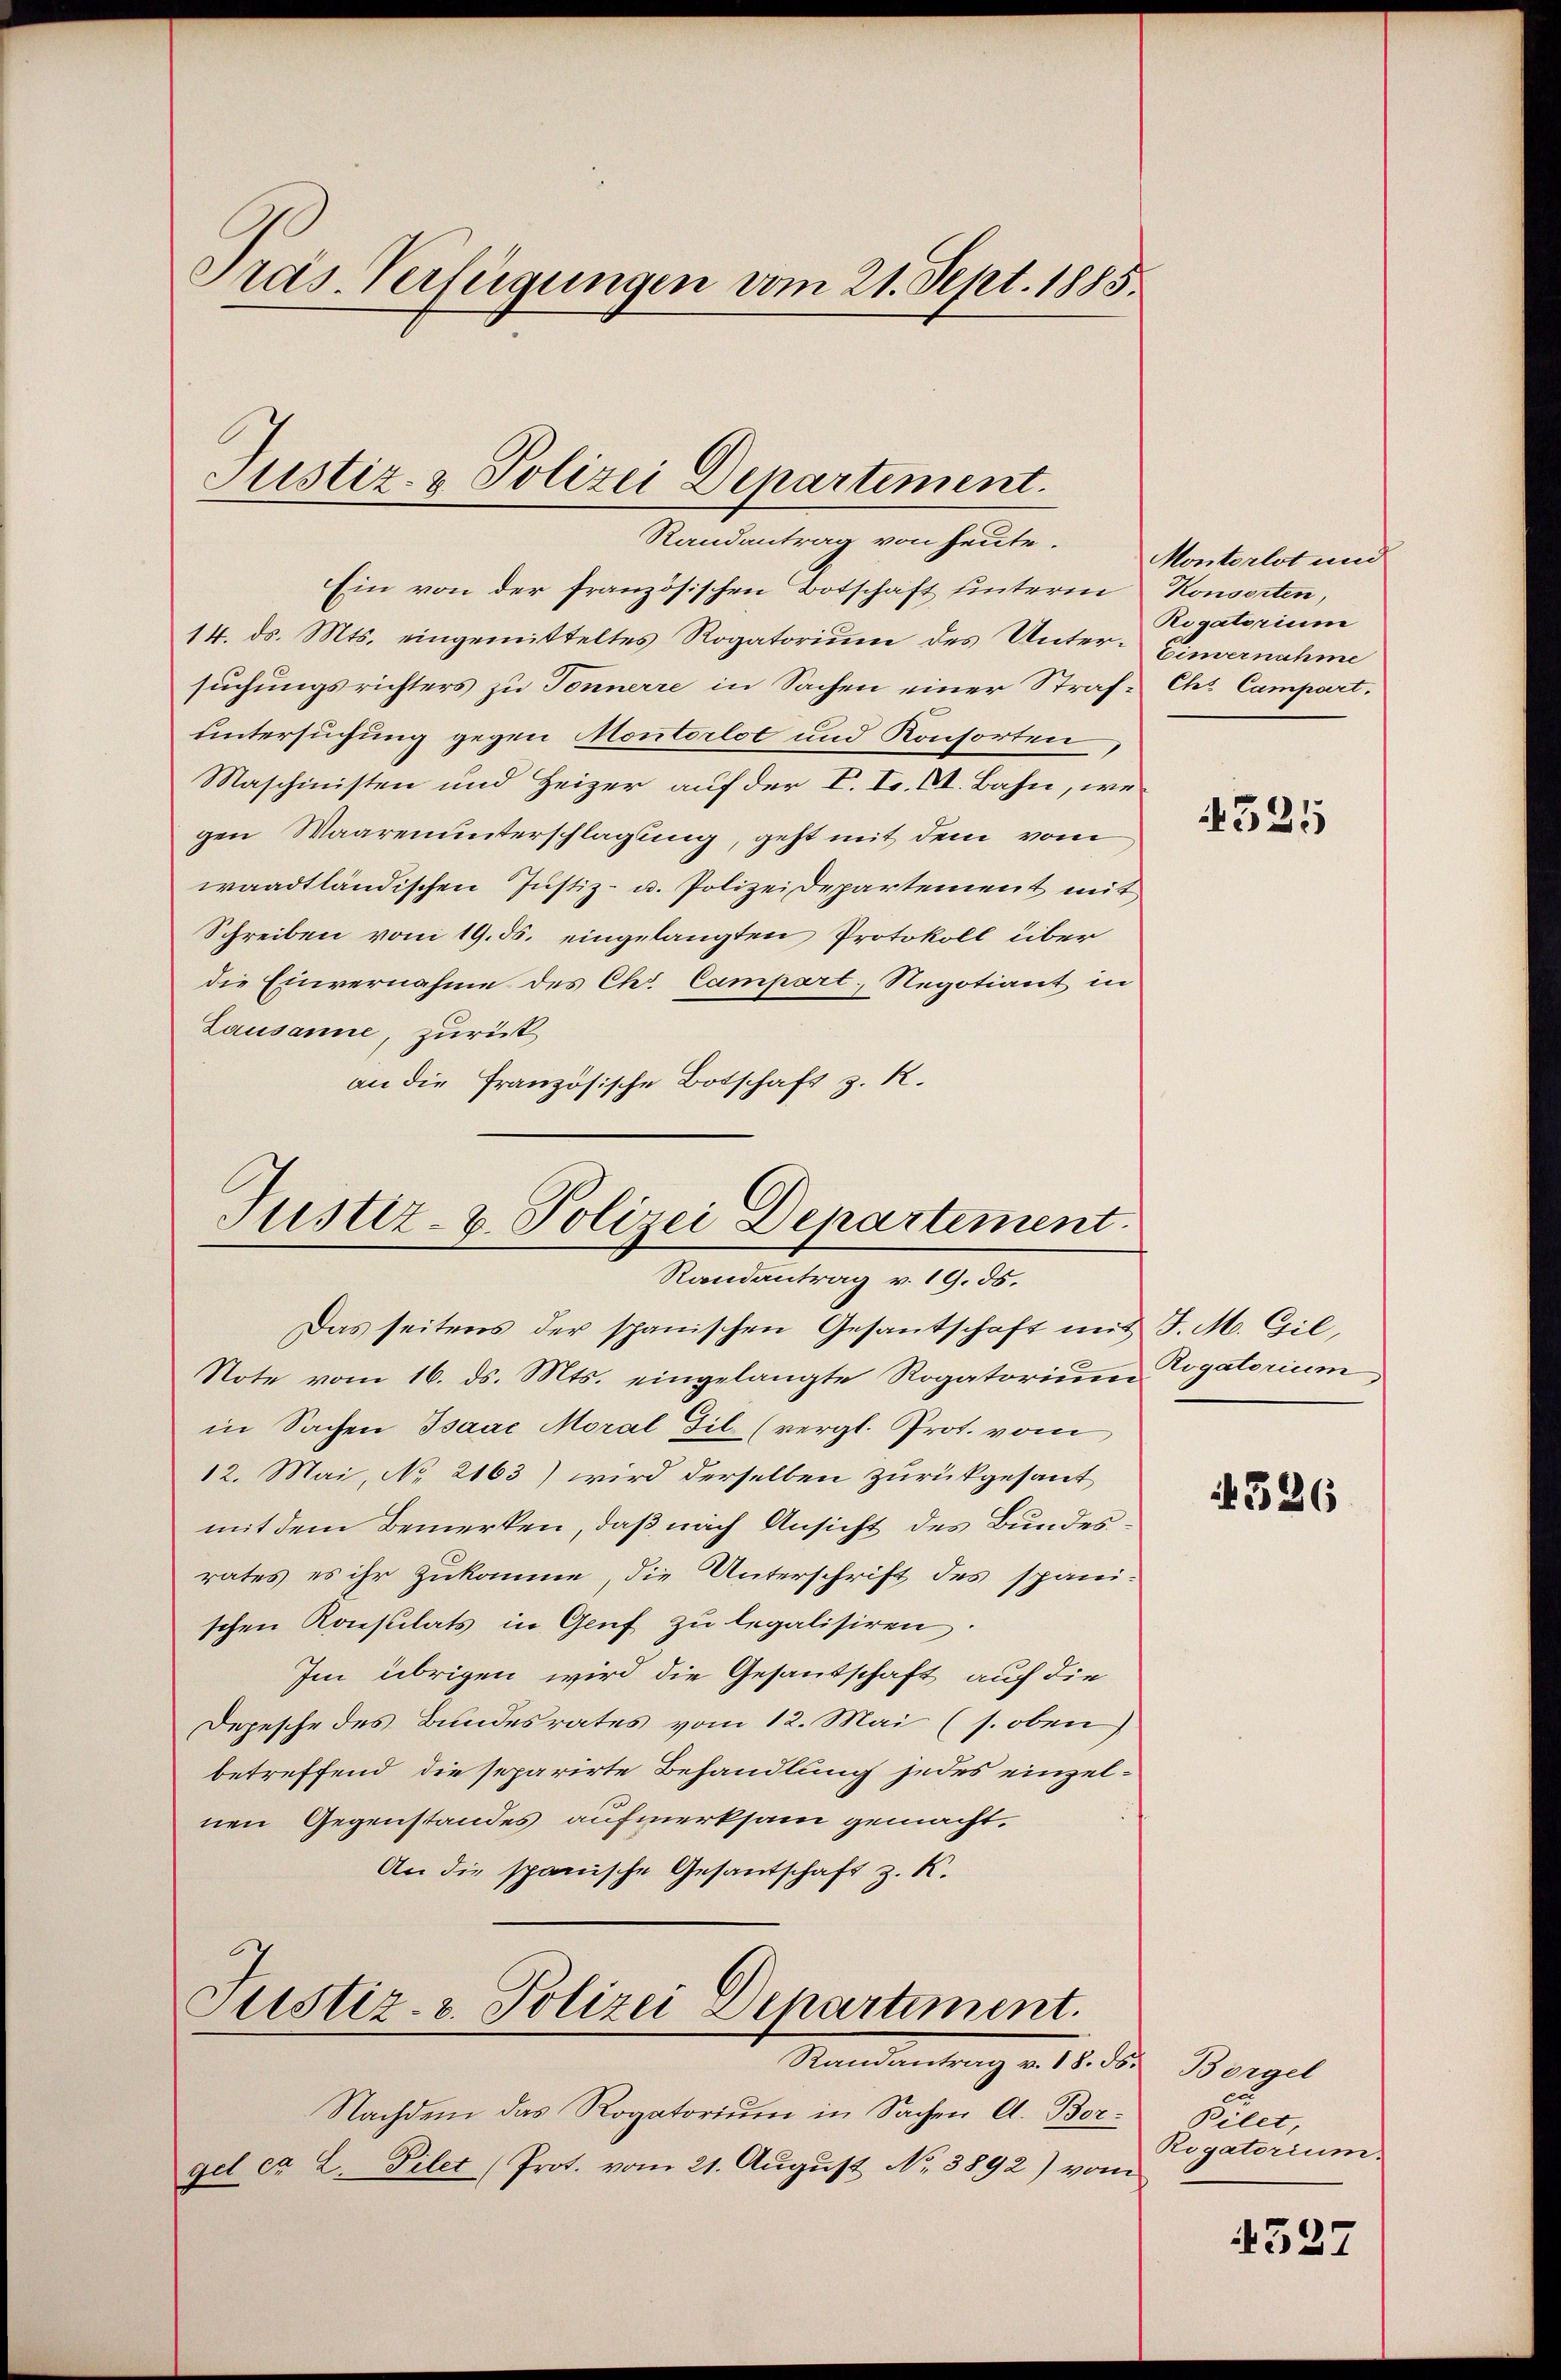
Präs. Verfügungen vom 21. Sept. 1885.

Ein von der französischen Botschaft unterm Konsorten,
14. ds. Mts. eingemitteltes Rogatorium des Unter- Einvernahme
suchungsrichters zu Tonnerre in Sachen einer Straf-Chs Campart.
untersuchung gegen Montorlot und Konsorten
Maschinisten und Heizer auf der V. F. VI. Bahn, wegen Waarenunterschlagung, geht mit dem vom
waadtländischen Justiz- u. Polizeidepartement mit
Schreiben vom 19. ds. eingelangten Protokoll über
die Einvernahme des Chr. Campart, Regotiant in
Lausanne, zurück
an die Französische Botschaft z. R.

Justiz- & Polizei Departement.
Randantrag von heute.

Justiz- & Polizei Departement.
Randantrag v. 19. ds.

Das seitens der spanischen Gesantschaft mit J. M. Gil,
Note vom 16. ds. Mts. eingelangte Rogatorium Rogatorium,
in Sachen Isaac Moral Gil (vergl. Prot. vom
12. Mai, No 2163) wird derselben zurückgesant
mit dem Bemerken, daß nach Ansicht des Bundesrates es ihr zukomme, die Unterschrift des spanischen Konsulats in Genf zu legalisiren.
Im übrigen wird die Gesandschaft auf die
Depesche des Bundesrates vom 12. Mai (s. oben)
betreffend die separirte Behandlung jedes einzel-
nen Gegenstandes aufmerksam gemacht.
An die spanische Gesandschaft z. K.

Justiz- & Polizei Departiment.
Randantrag v. 18. ds.

Nachdem das Rogatorium in Sachen A. Borgel ca. L. Filet (Prot. vom 21. August No. 8892) vom

Montorlot und
Rigatorium

325

1526

Börgel
Pilet,
Rigatorium.

4527